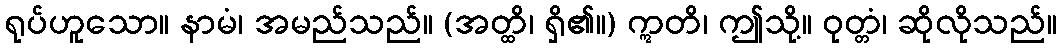
ရုပ်ဟူသော။ နာမံ၊ အမည်သည်။ (အတ္ထိ၊ ရှိ၏။) ဣတိ၊ ဤသို့။ ဝုတ္တံ၊ ဆိုလိုသည်။